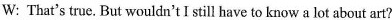
W: That's true. But wouldn't I still have to know a lot about art?